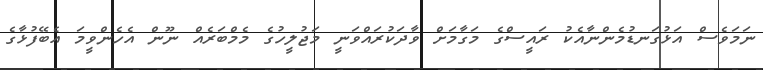
ނަމަވެސް އަޅުގަނޑުމެންނާއެކު ރައީސްގެ މަގާމަށް ވާދަކުރައްވަނީ މަޖުލީހުގެ މެމްބަރެއް ނޫން އެހެންވީމަ އެބޭފުޅާގެ